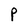
Character: P